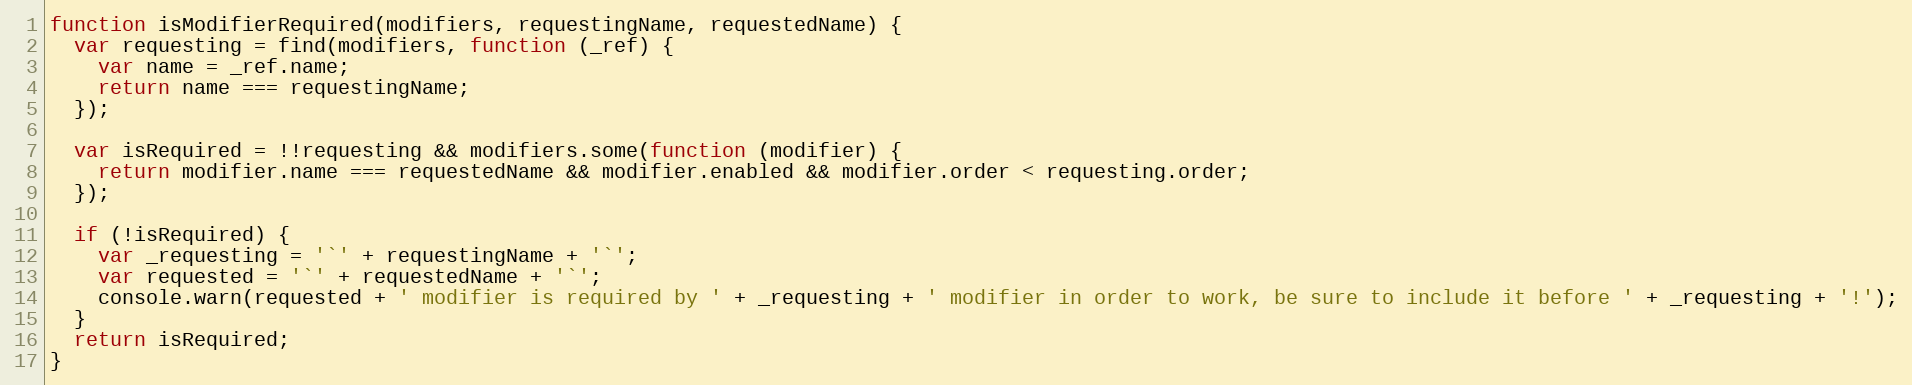
Language: JavaScript
function isModifierRequired(modifiers, requestingName, requestedName) {
  var requesting = find(modifiers, function (_ref) {
    var name = _ref.name;
    return name === requestingName;
  });

  var isRequired = !!requesting && modifiers.some(function (modifier) {
    return modifier.name === requestedName && modifier.enabled && modifier.order < requesting.order;
  });

  if (!isRequired) {
    var _requesting = '`' + requestingName + '`';
    var requested = '`' + requestedName + '`';
    console.warn(requested + ' modifier is required by ' + _requesting + ' modifier in order to work, be sure to include it before ' + _requesting + '!');
  }
  return isRequired;
}